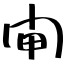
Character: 閘